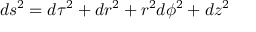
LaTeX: d s ^ { 2 } = d \tau ^ { 2 } + d r ^ { 2 } + r ^ { 2 } d \phi ^ { 2 } + d z ^ { 2 }